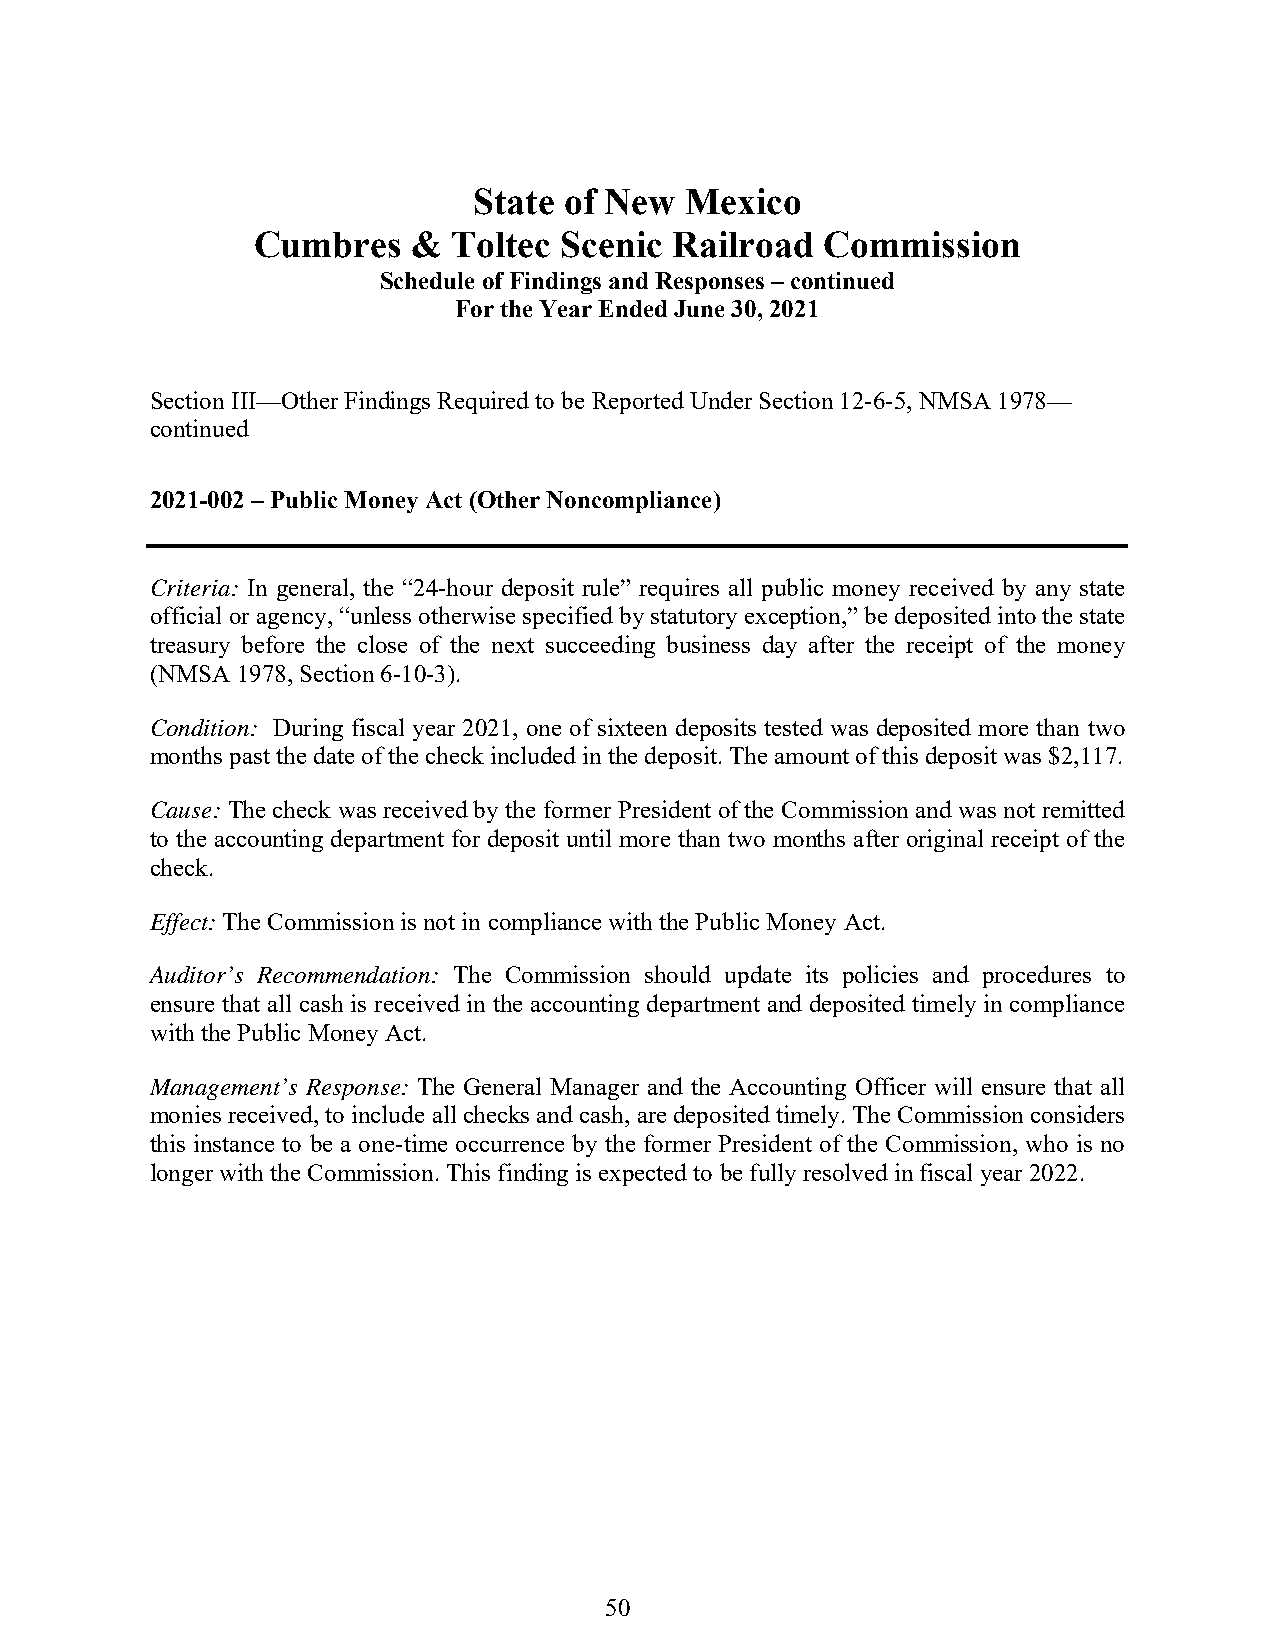
State of New  Mexico
 Cumbres   &  Toltec Scenic  Railroad  Commission
 Schedule of Findings and Responses – continued
 For the Year Ended June 30, 2021
 Section III—Other Findings Required to be Reported Under Section 12-6-5, NMSA 1978—
 continued
 2021-002 – Public Money Act (Other Noncompliance)
 Criteria: In general, the “24-hour deposit rule” requires all public money received by any state
 official or agency, “unless otherwise specified by statutory exception,” be deposited into the state
 treasury before the close of the next succeeding business day after the receipt of the money
 (NMSA 1978, Section 6-10-3).
 Condition: During fiscal year 2021, one of sixteen deposits tested was deposited more than two
 months past the date of the check included in the deposit. The amount of this deposit was $2,117.
 Cause: The check was received by the former President of the Commission and was not remitted
 to the accounting department for deposit until more than two months after original receipt of the
 check.
 Effect: The Commission is not in compliance with the Public Money Act.
 Auditor’s Recommendation: The Commission should update its policies and procedures to
 ensure that all cash is received in the accounting department and deposited timely in compliance
 with the Public Money Act.
 Management’s Response: The General Manager and the Accounting Officer will ensure that all
 monies received, to include all checks and cash, are deposited timely. The Commission considers
 this instance to be a one-time occurrence by the former President of the Commission, who is no
 longer with the Commission. This finding is expected to be fully resolved in fiscal year 2022.
 50